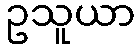
ဥသူယာ